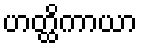
ဟတ္ထိကာယာ